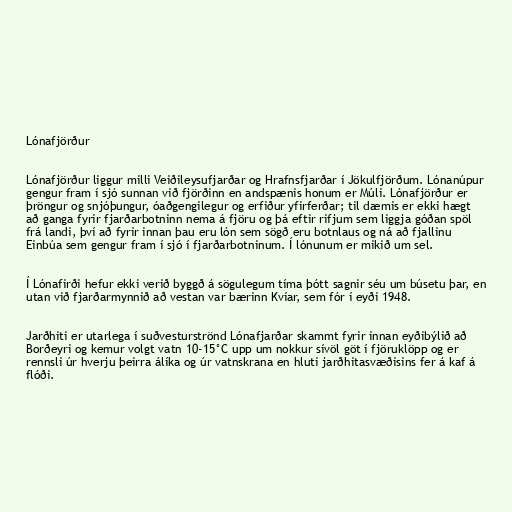
Lónafjörður

Lónafjörður liggur milli Veiðileysufjarðar og Hrafnsfjarðar í Jökulfjörðum. Lónanúpur
gengur fram í sjó sunnan við fjörðinn en andspænis honum er Múli. Lónafjörður er
þröngur og snjóþungur, óaðgengilegur og erfiður yfirferðar; til dæmis er ekki hægt
að ganga fyrir fjarðarbotninn nema á fjöru og þá eftir rifjum sem liggja góðan spöl
frá landi, því að fyrir innan þau eru lón sem sögð eru botnlaus og ná að fjallinu
Einbúa sem gengur fram í sjó í fjarðarbotninum. Í lónunum er mikið um sel.

Í Lónafirði hefur ekki verið byggð á sögulegum tíma þótt sagnir séu um búsetu þar, en
utan við fjarðarmynnið að vestan var bærinn Kvíar, sem fór í eyði 1948.

Jarðhiti er utarlega í suðvesturströnd Lónafjarðar skammt fyrir innan eyðibýlið að
Borðeyri og kemur volgt vatn 10-15°C upp um nokkur sívöl göt í fjöruklöpp og er
rennsli úr hverju þeirra álíka og úr vatnskrana en hluti jarðhitasvæðisins fer á kaf á
flóði.